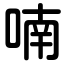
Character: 喃